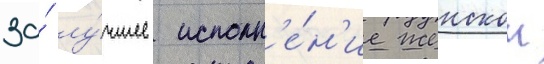
за́ лу́чшее исполн'е́н'ие женскои